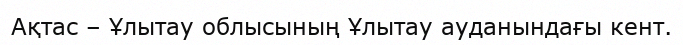
Ақтас – Ұлытау облысының Ұлытау ауданындағы кент.